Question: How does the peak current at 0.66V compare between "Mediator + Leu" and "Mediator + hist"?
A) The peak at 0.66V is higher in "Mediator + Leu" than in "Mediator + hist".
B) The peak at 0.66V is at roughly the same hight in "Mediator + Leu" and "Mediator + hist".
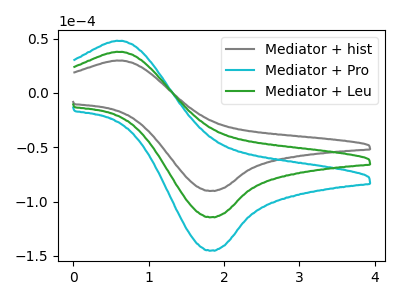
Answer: <think>The gray curve "Mediator + hist" has an anodic peak at (0.65V, 29.70uA) and a cathodic peak at (1.85V, -90.20uA). The cyan curve "Mediator + Pro" has an anodic peak at (0.65V, 75.40uA) and a cathodic peak at (1.85V, -228.85uA). The green curve "Mediator + Leu" has an anodic peak at (0.65V, 37.70uA) and a cathodic peak at (1.85V, -114.45uA).</think>
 <answer>A) The peak at 0.66V is higher in "Mediator + Leu" than in "Mediator + hist".</answer>
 <eval>A</eval>